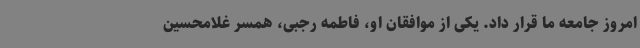
امروز جامعه ما قرار داد. یکی از موافقان او، فاطمه رجبی، همسر غلامحسین